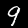
Label: 9